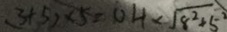
( 3 + 5 ) \times 5 = O H \times \sqrt { 8 ^ { 2 } + 5 ^ { 2 } }